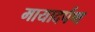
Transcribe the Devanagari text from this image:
मायादर्पण